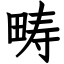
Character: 畴